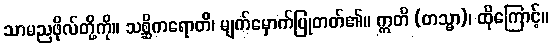
သာမညဖိုလ်တို့ကို။ သစ္ဆိကရောတိ၊ မျက်မှောက်ပြုတတ်၏။ ဣတိ (တသ္မာ)၊ ထိုကြောင့်။